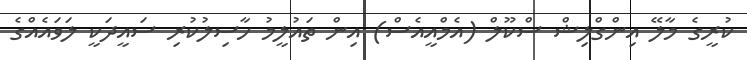
ކުރީގެ މާލޭ އިންގްލިޝް ސްކޫލް (އެމްއީއެސް) އިން ތައުލީމު ހާސިލުކުރި ސައީދަކީ ލަވައެއްގެ